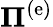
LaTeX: {{\mathbf\Pi}^{\left(\mathrm{e}\right)}}